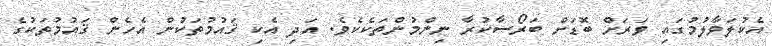
އެކުލަވާލުމުގައި ވަރަށް ބޮޑަށް ބަރޯސާކުރާ ނިންމުންތަކެކެވެ. އަދި އެކި ޤައުމުތަކުން އެހެން ޤައުމުތަކުގެ